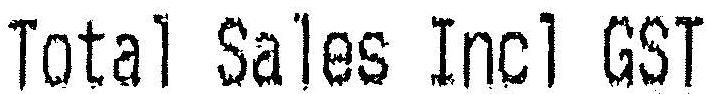
TOTAL SALES INCL GST